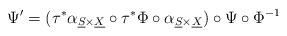
LaTeX: \begin{align*}\Psi'=(\tau^{*}\alpha_{\underline{S}\times\underline{X}}\circ\tau^{*}\Phi\circ\alpha_{\underline{S}\times\underline{X}})\circ\Psi\circ\Phi^{-1}\end{align*}